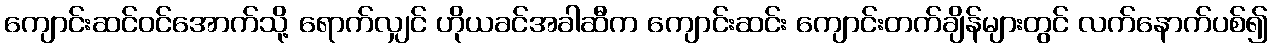
ကျောင်းဆင်ဝင်အောက်သို့ ရောက်လျှင် ဟိုယခင်အခါဆီက ကျောင်းဆင်း ကျောင်းတက်ချိန်များတွင် လက်နောက်ပစ်၍